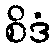
စိဒံ